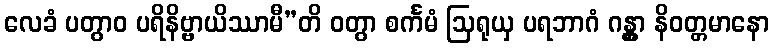
လေခံ ပတွာဝ ပရိနိဗ္ဗာယိဿာမီ”တိ ဝတွာ စင်္ကမံ ဩရုယှ ပရဘာဂံ ဂန္တွာ နိဝတ္တမာနော